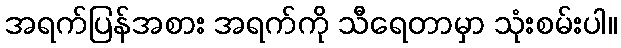
အရက်ပြန်အစား အရက်ကို သီရေတာမှာ သုံးစမ်းပါ။